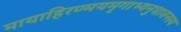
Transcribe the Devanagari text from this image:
मायाहिरण्मयमृगाभ्यनुधावनस्य